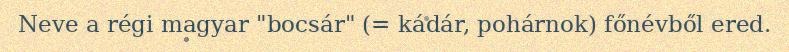
Neve a régi magyar "bocsár" (= kádár, pohárnok) főnévből ered.